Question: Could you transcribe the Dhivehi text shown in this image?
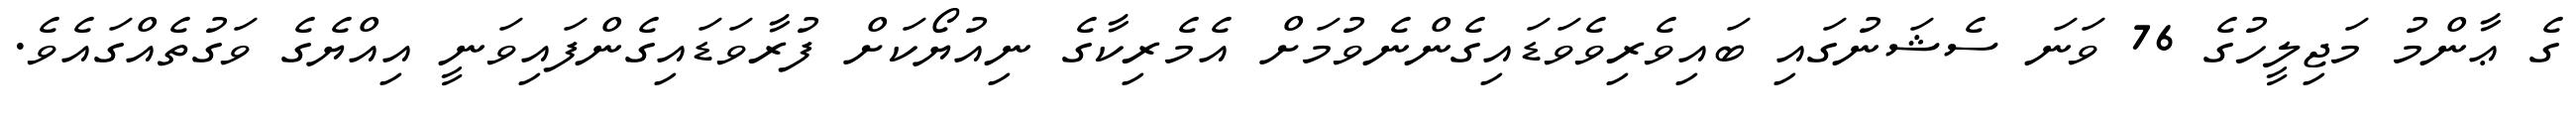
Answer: ގެ ޢާންމު މަޖިލީހުގެ 76 ވަނަ ސެޝަނުގައި ބައިވެރިވެވަޑައިގެންނެވުމަށް އެމެރިކާގެ ނިއުޔޯކަށް ފުރާވަޑައިގެންފައިވަނީ އިއްޔެގެ ވަގުތެއްގައެވެ.